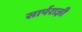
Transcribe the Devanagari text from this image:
सार्पराज्ञी